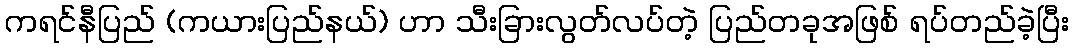
ကရင်နီပြည် (ကယားပြည်နယ်) ဟာ သီးခြားလွတ်လပ်တဲ့ ပြည်တခုအဖြစ် ရပ်တည်ခဲ့ပြီး